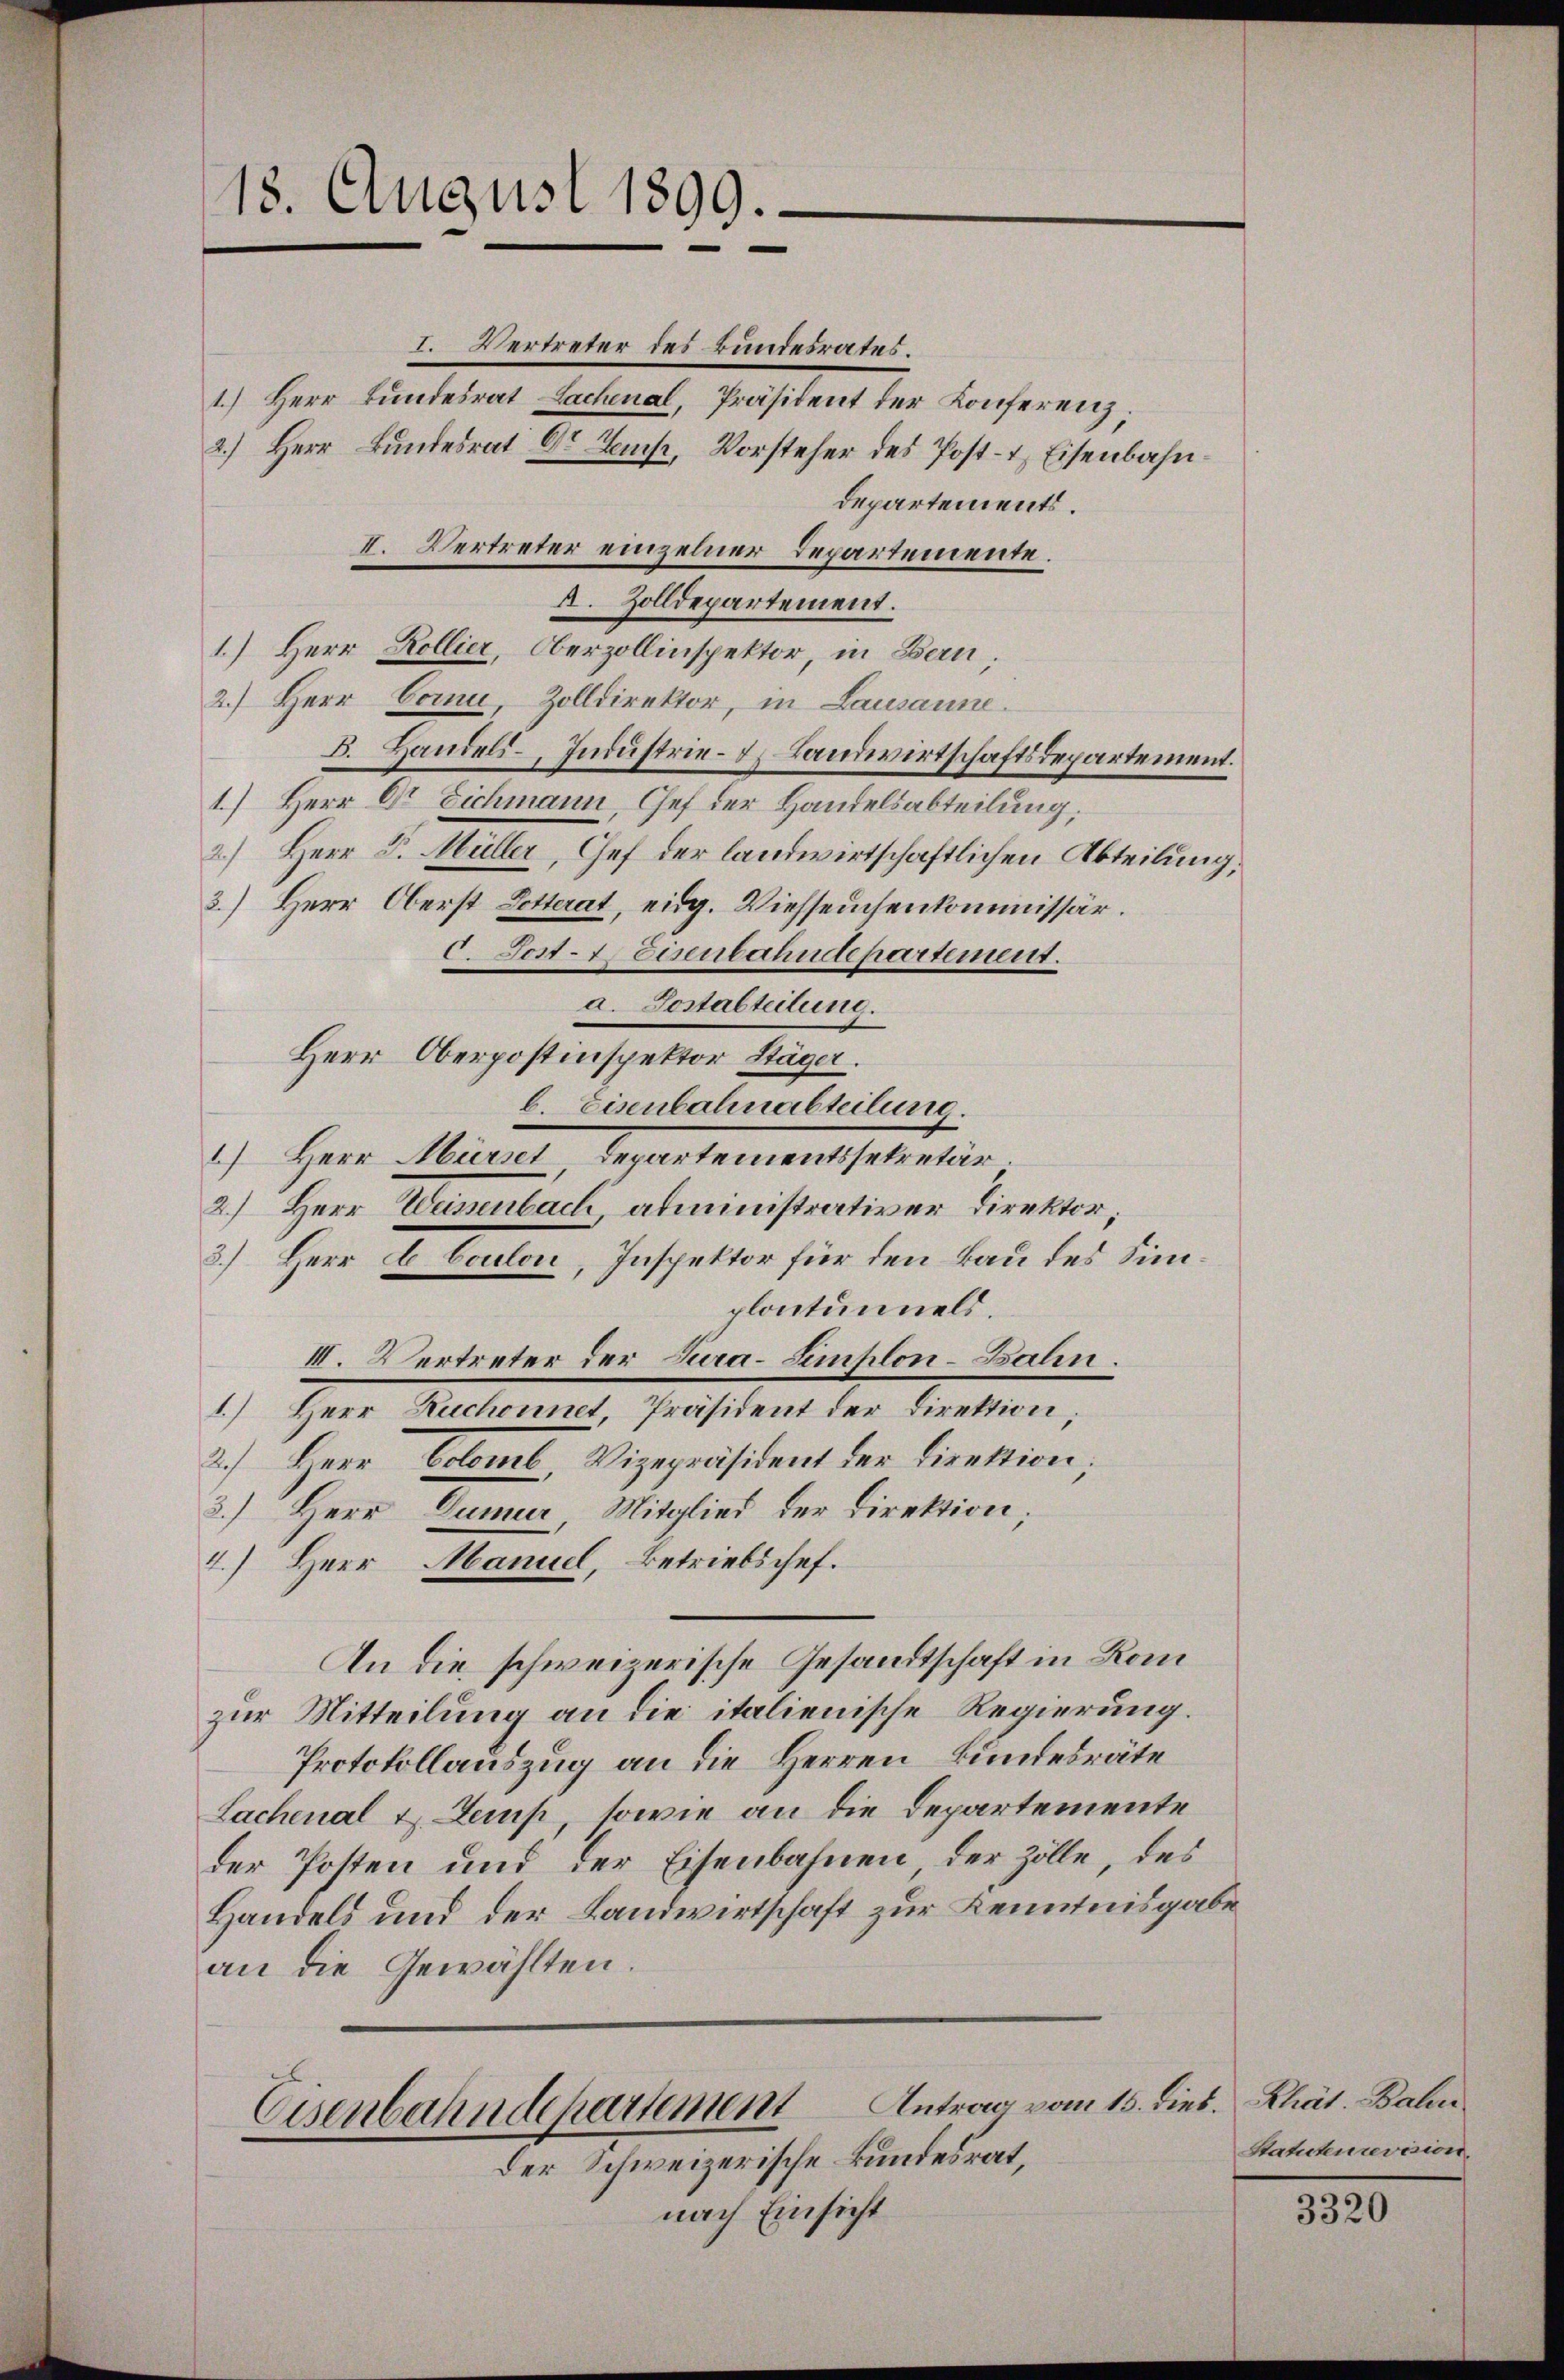
18. August 1899.

I. Vertreter des Bundesrates.
2.) Herr Bundesrat Dr Temp, Vorsteher des Post- & Eisenbahn¬
Departements.
1.) Herr Kollier, Oberzollinspektor, in Bern;
2.) Herr Corni, Zolldirektor, in Lausanne.
B. Handels-, Industrie- & Landwirtschaftsdepartement.
1.) Herr Dr. Eichmann, Chef der Handelsabteilung,
2.) Herr Dr. Müller, Chef der landwirtschaftlichen Abteilung,
3.) Herr Oberst Dotterat, eidg. Viehseuchenkommissär.
b. Eisenbahnabteilung
) Herr Mürst Departementssekretär.
2.) Herr Weisenbach administrativer Direktor,
3.) Herr C. Coulon, Inspektor für den Bau des Simplantunnels.
III. Vertreter der Tura-Simhlon-Bahn.
1.) Herr Ruchonnet Präsident der Direktion;
2.) Herr Colomb Vizepräsident der Direktion;
3.) Herr Dumur Mitglied der Direktion;
4.) Herr Manuel, Betriebschef.
An die schweizerische Gesandtschaft in Komzur Mitteilung an die italienische Regierung.
Protokollauszug an die Herren Bundesräte
Lachenal v. Semp, sowie an die Departemente
der Posten und der Eisenbahnen, der Zolle, des
Handels und der Landwirtschaft zur Kenntnisgabe
an die Gewählten.

1.) Herr Bundesrat Lachenal, Präsident der Konferenz

II. Vertreter einzelner Departemente.
A. Zolldepartement.

c. Post-7 Eisenbahndepartement.

a. Postabteilung.
Herr Oberpostinspektor Stäger.

Antrag vom 15. dieb. Rhät. Baler.
Eisenbahndepartement
Der Schweizerische Bundesrat,

nach Einsicht

Statutenrevision.

3320